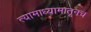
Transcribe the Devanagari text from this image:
त्यामाध्यामातूनच